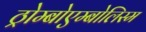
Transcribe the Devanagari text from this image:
ठ्रोम्बोएम्बोलिस्म